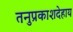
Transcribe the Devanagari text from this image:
तनुप्रकाशदेहाय